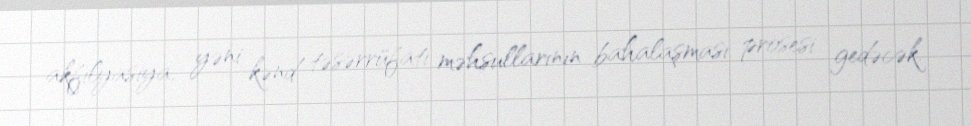
akfilyasiya, yəni kənd təsərrüfatı məhsullarının bahalaşması prosesi gedəcək.